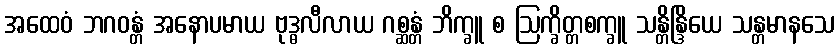
အထေဝံ ဘဂဝန္တံ အနောပမာယ ဗုဒ္ဓလီလာယ ဂစ္ဆန္တံ ဘိက္ခူ စ ဩက္ခိတ္တစက္ခူ သန္တိန္ဒြိယေ သန္တမာနသေ